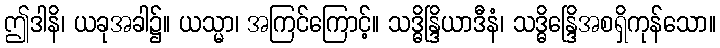
ဤဒါနိ၊ ယခုအခါ၌။ ယသ္မာ၊ အကြင်ကြောင့်။ သဒ္ဓိန္ဒြိယာဒီနံ၊ သဒ္ဓိန္ဒြေိအစရှိကုန်သော။